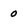
Character: 0